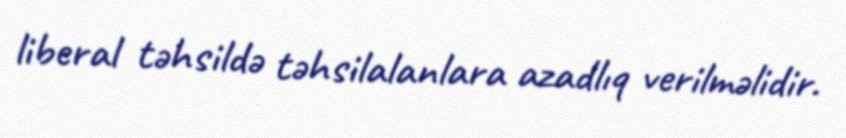
liberal təhsildə təhsilalanlara azadlıq verilməlidir.